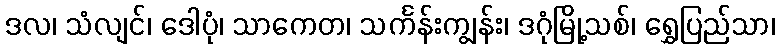
ဒလ၊ သံလျင်၊ ဒေါပုံ၊ သာကေတ၊ သင်္ကန်းကျွန်း၊ ဒဂုံမြို့သစ်၊ ရွှေပြည်သာ၊